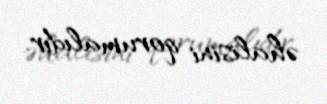
əhalisini qorumalıdır.